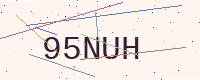
Text: 95NUH